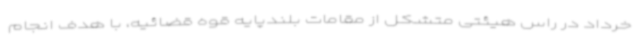
خرداد در راس هیئتی متشکل از مقامات بلندپایه قوه قضائیه، با هدف انجام